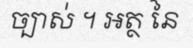
ច្បាស់ ។ អត្ថ នៃ